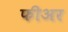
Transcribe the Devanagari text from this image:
फीअर